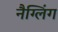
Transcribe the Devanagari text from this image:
नैग्लिंग